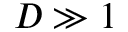
D \gg 1